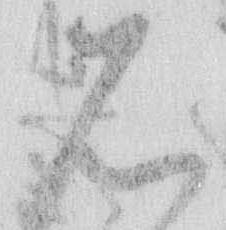
石